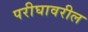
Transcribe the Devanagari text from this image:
परीघावरील